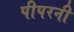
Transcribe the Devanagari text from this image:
पीपरनी